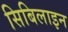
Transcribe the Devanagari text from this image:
सिबिलाइन